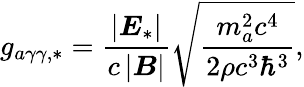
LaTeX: g_{a\gamma\gamma,*}=\frac{\left|\boldsymbol E_{*}\right|}{c\left|\boldsymbol B\right|}\sqrt{\frac{m_{a}^{2}c^{4}}{2\rho c^{3}\hbar^{3}}},